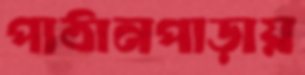
পাঠানপাড়ায়